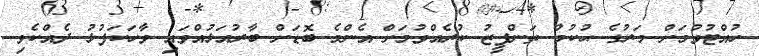
ހުއްޓުވުމަށް މަރުގެ ޙުކުމް ތަންފީޒު ކުރެއްވުމަށް އެންމެ ބޮޑަށް ބާރުއަޅުއްވައި ވާހަކަފުޅު ދެއްކެވި